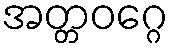
အတ္တဝဂ္ဂေ